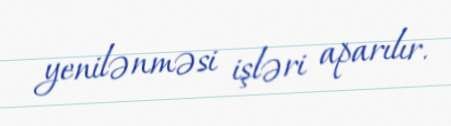
yenilənməsi işləri aparılır.